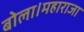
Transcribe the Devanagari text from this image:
बोला।महाराजा